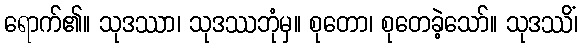
ရောက်၏။ သုဒဿာ၊ သုဒဿဘုံမှ။ စုတော၊ စုတေခဲ့သော်။ သုဒဿိံ၊